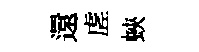
還虗蛺